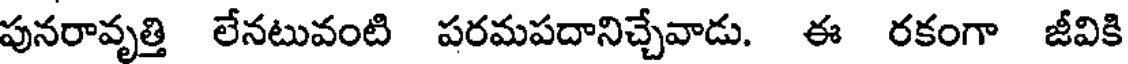
పునరావృత్తి లేనటువంటి పరమపదానిచ్చేవాడు. ఈ రకంగా జీవికి